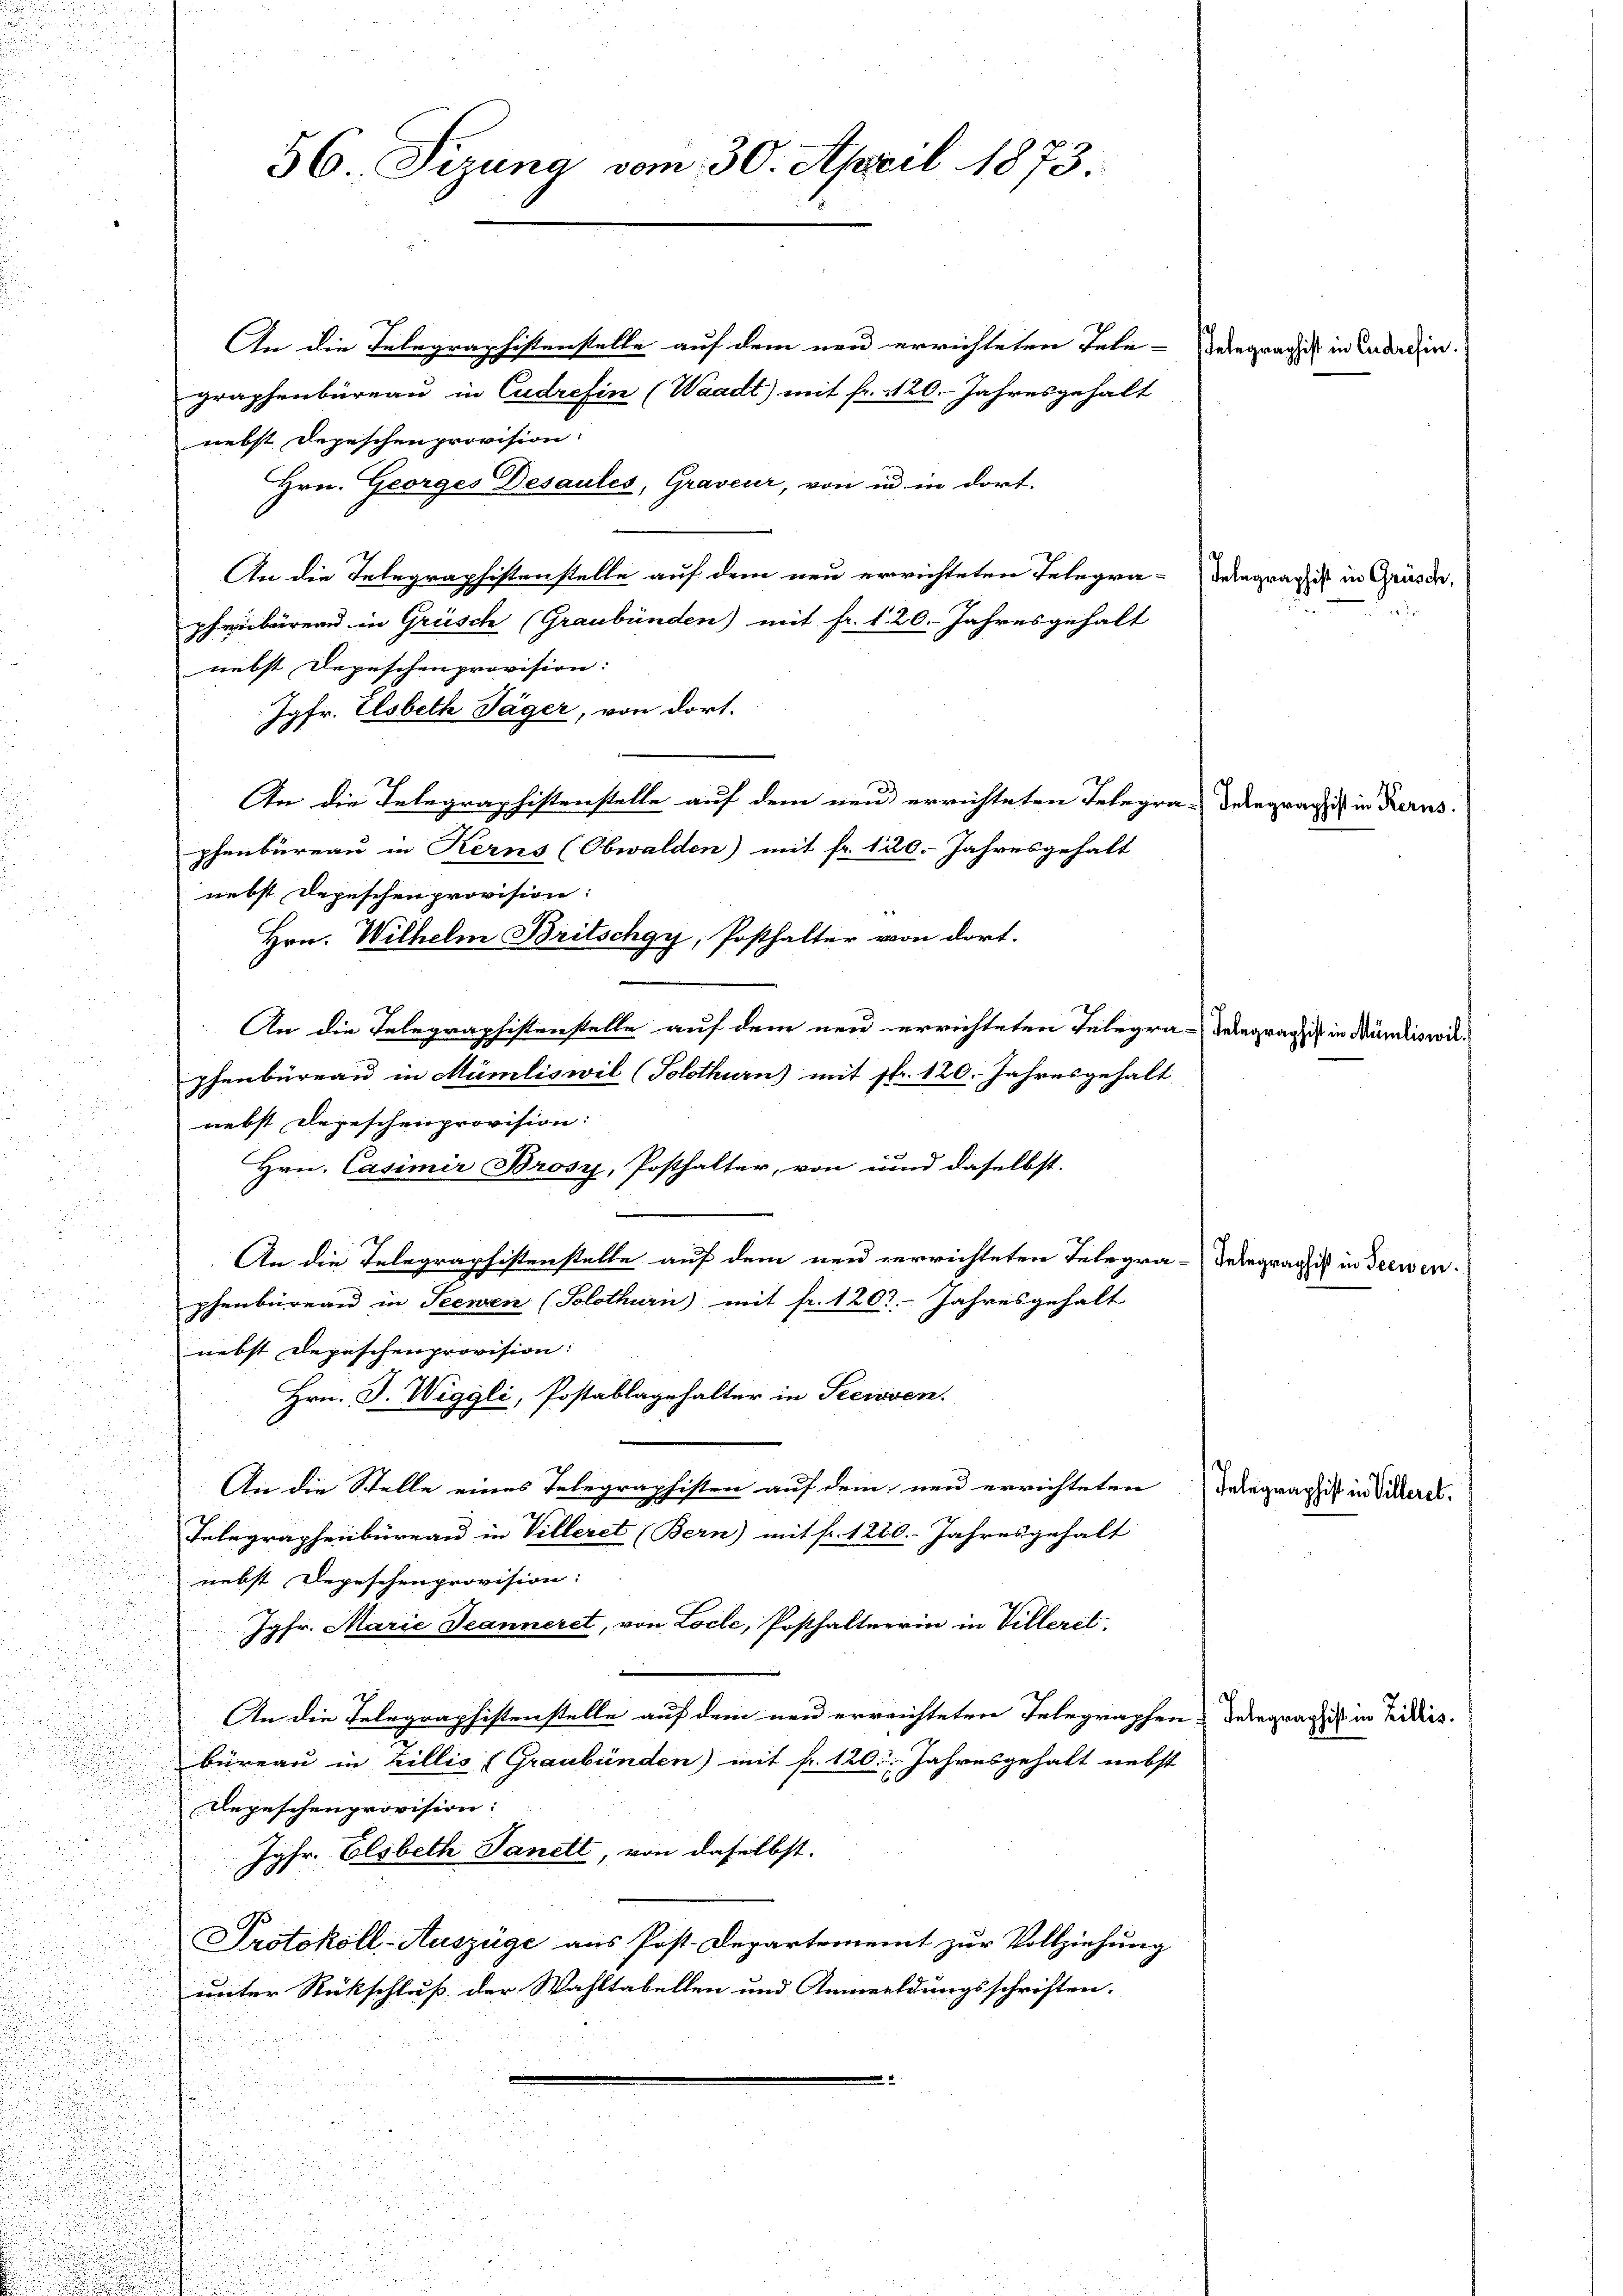
56. Sizung vom 30. April 1873.

An die Telegraphistenstelle auf dem neu errichteten Tele-Vergrägi in Endedir
graphenbüreau in Cudrefin (Waadt) mit fr. 420. Jahresgehalt
nebst Depeschenprovision.
Hrn. Georges Desaules, Graveur, von in in dort.
An die Telegraphistenstelle auf dem neu errichteten Telegra-Vergregis in Grüsse,
phenbarend in Grüsch (Graubünden) mit fr. 120. Jahresgehalt
nebst Depeschenprovision:
Jgfr. Elsbeth Jäger, von dort.
An die Telegraphistenstelle auf dem neu errichteten Telegra-
phenbüreau in Kerns (Obwalden) mit fr. 120. Jahresgehalt
nebst Depeschenprovision:
Hrn. Wilhelm Britschgy, Posthalter von dort.
An die Telegraphistenstelle auf dem neu errichteten Telegra-Vergrag ist in Mündiswilphenbüreau in Mümliswil (Solothurn) mit fl. 120. Jahresgehalt
nebst Depeschenprovision:
Hrn. Casimir Brosy, Posthalter, von und daselbst.

d
 An die Telegraphistenstelle auf dem neu verrichteten Telegra-Telegraph ist in Seewenphenbüreau in Seewen (Solothurn) mit fr. 120. Jahresgehalt
nebst Depeschenprovision:
Hrn. J. Wiggli, Postablagehalter in Seeroven.
n
n
An die Stelle eines Telegraphisten auf dem neu errichteten

Telegraphenbüreau in Villeret (Bern) mit fr. 1280. Jahresgehalt
nebst Depeschenprovision:
Jgfr. Marie Jeanneret, von Loche, Posthaltnerin in Villeret.
An die Telegraphistenstelle auf dem neu erreichteten Telegraphen Delegraphist in Eides.
büreau in Zillis (Graubünden) mit fr. 120. Jahresgehalt nebst
Depeschenprovision:
Jgfr. Elsbeth Sanett, von daselbst.
Protokoll-Auszüge aus Post. Departement zur Vollziehung
unter Rückschluß der Wahltabellen und Anweildungsschriften.

Integraphist in Kerns.

Telegraphist in Villeret.